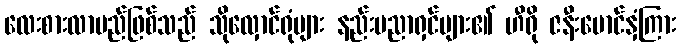
လေးစားလာမည်ဖြစ်သည် သိုလှောင်ရုံများ နည်းပညာရှင်များ၏ ဟီရို ဇနီးမောင်နှံကြား